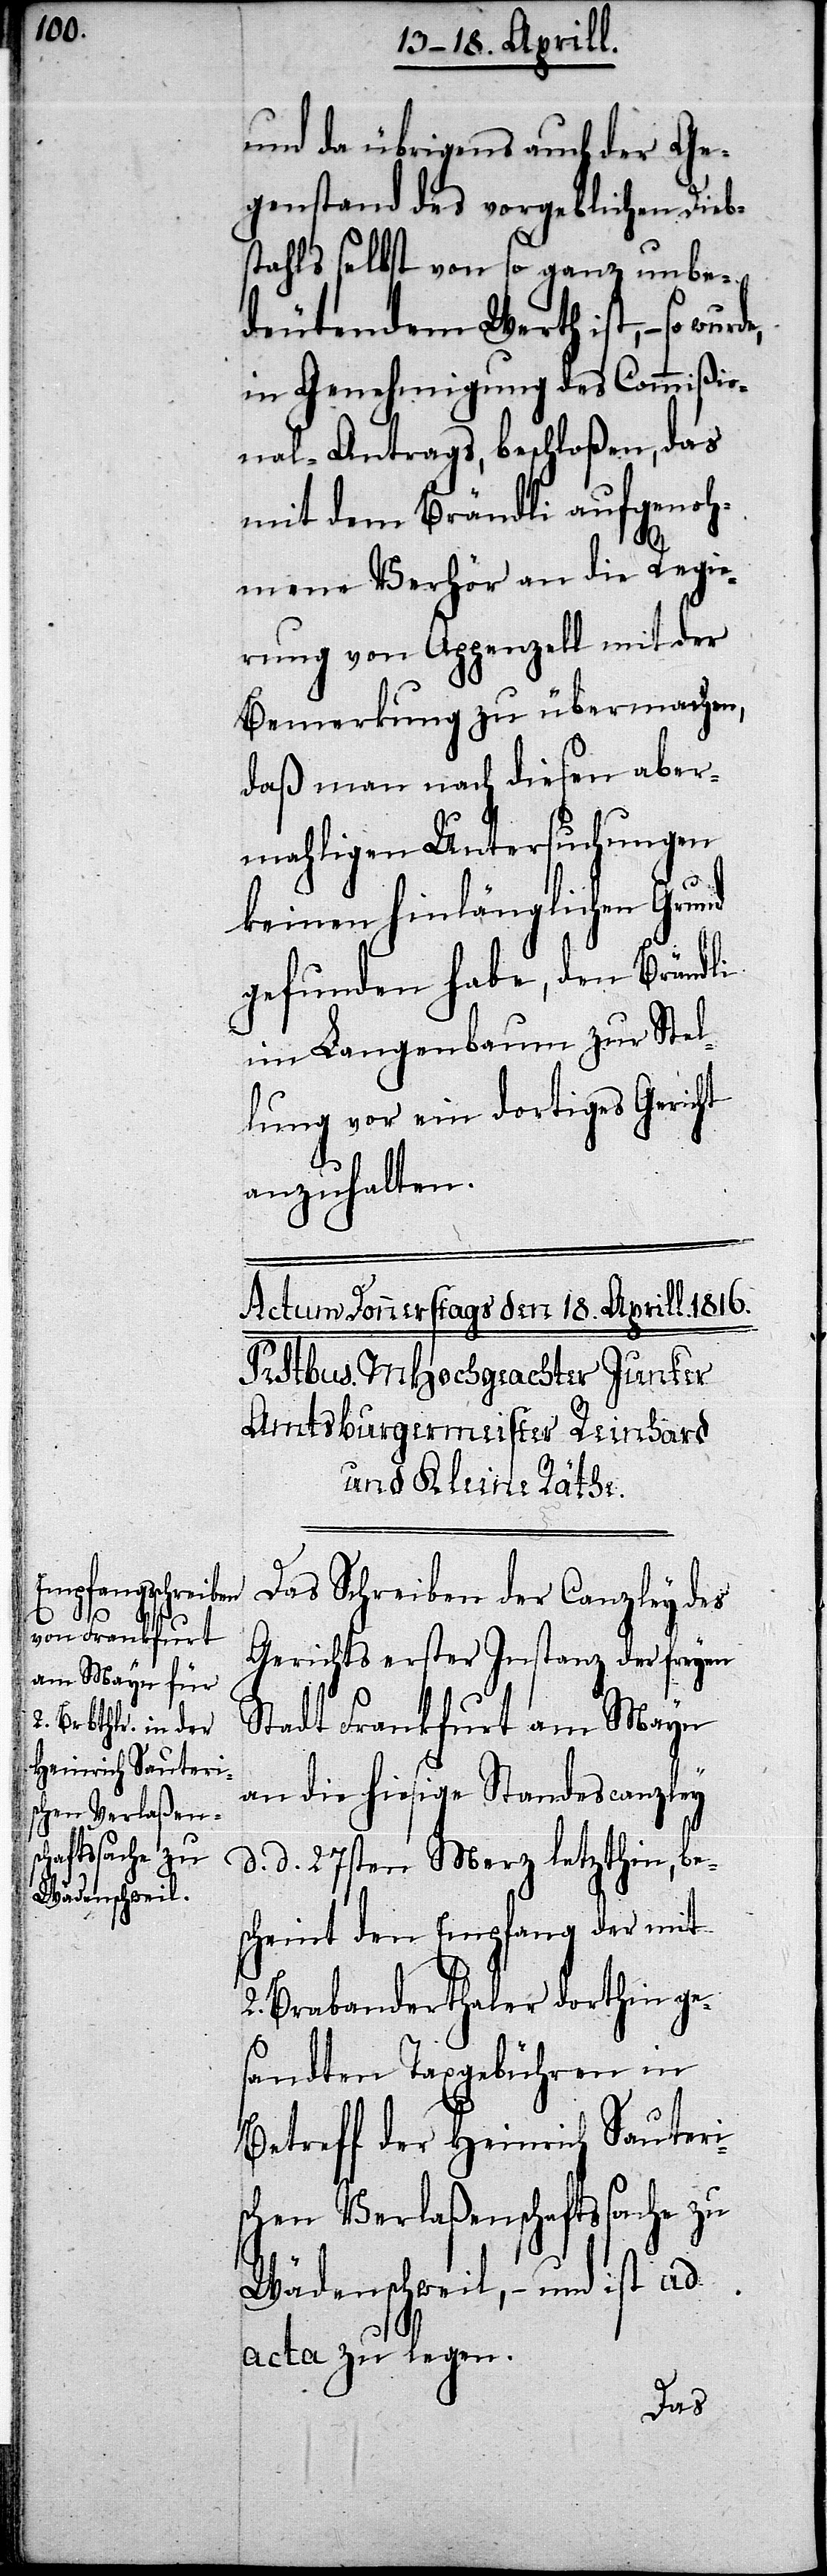
und da übrigens auch der Ge¬
genstand des vorgeblichen Dieb¬
stahls selbst von so ganz unbe¬
deutendem Werth ist,– so
in Genehmigung des Commißio¬
nal-Antrags, beschloßen, das
mit dem Brändli aufgenoh¬
mene Verhör an die Regie¬
rung von Appenzell mit der
Bemerkung zu übermachen,
daß man nach diesen aber¬
mahligen Untersuchungen
keinen hinlänglichen Grund
gefunden habe, den Brändli
im Langenbaum zur Stel¬
lung vor ein dortiges Gericht
anzuhalten.
Das Schreiben der Canzley des
Gerichts erster Instanz der freyen
Stadt Frankfurt am Mayn
an die hiesige Standescanzley
d. d. 27sten Merz letzthin, be¬
scheint den Empfang der mit
2. Brabanterthaler dorthin ge¬
sandten Taxgebühren in
Betreff der Heinrich Sauteri¬
schen Verlaßenschaftssache zu
Wädenschweil,– und ist ad
acta zu legen.